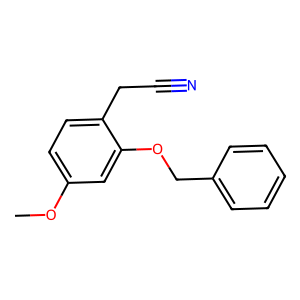
SMILES: COc1ccc(CC#N)c(OCc2ccccc2)c1
Inhibits HIV replication: No